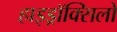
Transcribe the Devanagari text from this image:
हाइड्रॉक्सिलों